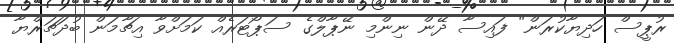
ރުޕީސް ހަދިޔާކުރަން" ފައިސާ ދޭން ނިންމި ނޭޕާލްގެ ސަޕޯޓަރެއް ކަމަށްވާ އިޗާމަން ބުދަޗަރްޔާ